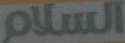
السلام